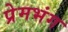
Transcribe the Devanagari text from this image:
प्रेमभंग